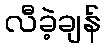
လီခဲ့ချန်